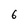
Character: 6